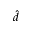
\hat { d }